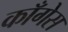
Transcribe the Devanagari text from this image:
काँगेस